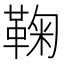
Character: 鞠